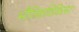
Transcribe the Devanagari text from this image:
भौतिकचिकित्सा